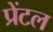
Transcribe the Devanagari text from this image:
प्रेंटल